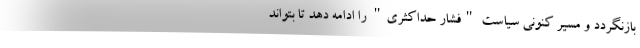
بازنگردد و مسیر کنونی سیاست "فشار حداکثری" را ادامه دهد تا بتواند